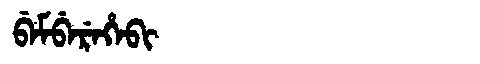
Manchu: ᠪᡝᠮᠪᡝᡵᡝᡥᡝᠪᡳ
Romanization: BEMBEREHEBI